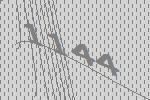
1144